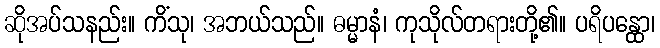
ဆိုအပ်သနည်း။ ကိံသု၊ အဘယ်သည်။ ဓမ္မာနံ၊ ကုသိုလ်တရားတို့၏။ ပရိပန္ထော၊